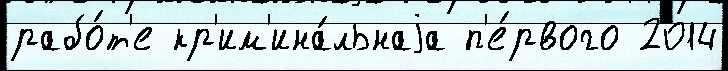
рабо́т'е кр'им'ина́льнаjа п'е́рвого 2014